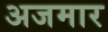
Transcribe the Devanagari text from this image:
अजमार